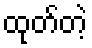
ထုတ်တဲ့